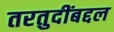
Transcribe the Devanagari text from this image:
तरतुदींबद्दल